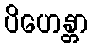
ပိဟေန္တာ